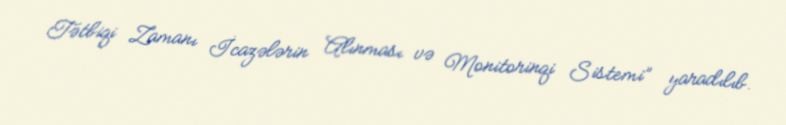
Tətbiqi Zamanı İcazələrin Alınması və Monitorinqi Sistemi” yaradılıb.